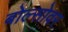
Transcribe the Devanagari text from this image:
बोल्सोवर